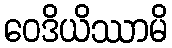
ဝေဒိယိဿာမိ